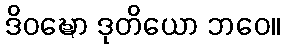
ဒိဝဍ္ဎော ဒုတိယော ဘဝေ။